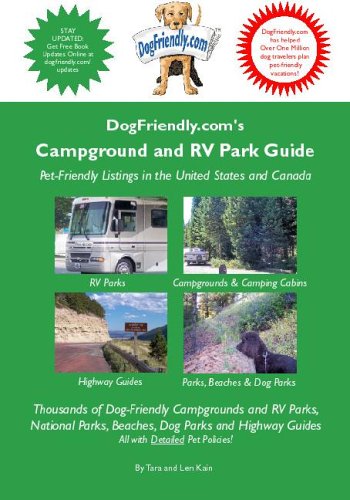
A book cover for Dogfriendly.com's Campground and RV Park Guide; Tara Kain; Travel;